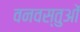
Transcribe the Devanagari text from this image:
वनवस्तुओं